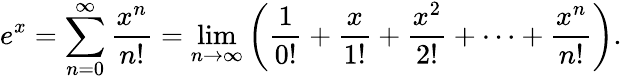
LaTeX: e^{x}=\sum_{n=0}^{\infty}{\frac{x^{n}}{n!}}=\operatorname*{lim}_{n\to\infty}\left({\frac{1}{0!}}+{\frac{x}{1!}}+{\frac{x^{2}}{2!}}+\cdots+{\frac{x^{n}}{n!}}\right).